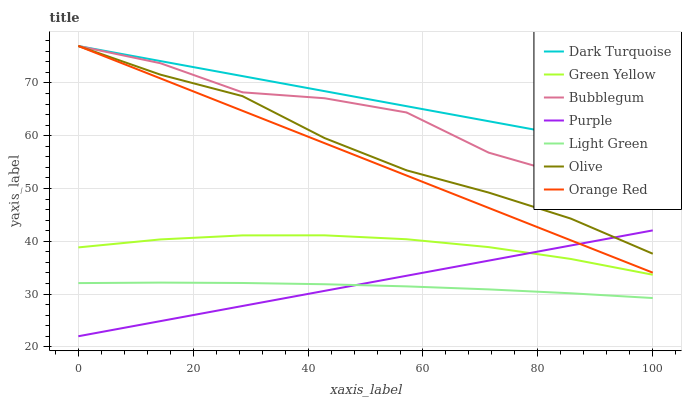
| xaxis_label | Dark Turquoise | Green Yellow | Bubblegum | Purple | Light Green | Olive | Orange Red |
 | --- | --- | --- | --- | --- | --- | --- | --- |
 | 0 | 77 | 38.8 | 77 | 22 | 32.1 | 77 | 77 |
 | 14.3 | 74.1 | 40.3 | 73.7 | 24.9 | 32.2 | 71.6 | 70.9 |
 | 28.6 | 71.3 | 41.1 | 68.2 | 27.7 | 32.1 | 67.5 | 64.7 |
 | 42.9 | 68.4 | 41.1 | 67.1 | 30.6 | 31.9 | 59.6 | 58.6 |
 | 57.1 | 65.6 | 40.4 | 64.4 | 33.5 | 31.5 | 53.4 | 52.5 |
 | 71.4 | 62.7 | 38.9 | 56.8 | 36.3 | 30.9 | 49.2 | 46.3 |
 | 85.7 | 59.9 | 36.7 | 52.3 | 39.2 | 30.1 | 44.3 | 40.2 |
 | 100 | 57 | 33.7 | 53 | 42.1 | 29.2 | 37.6 | 34.1 |